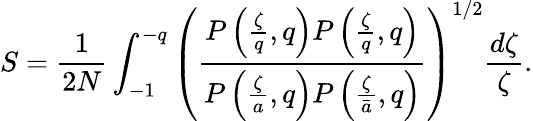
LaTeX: S=\frac{1}{2N}\int_{-1}^{-q}\left(\frac{P\left(\frac{\zeta}{q},q\right)P\left(\frac{\zeta}{q},q\right)}{P\left(\frac{\zeta}{a},q\right)P\left(\frac{\zeta}{\bar{a}},q\right)}\right)^{1/2}\frac{d\zeta}{\zeta}.